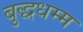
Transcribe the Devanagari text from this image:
बुद्धधम्म